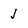
Character: j